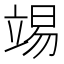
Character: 𥪔